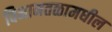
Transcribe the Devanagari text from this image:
विमानतळामधील